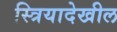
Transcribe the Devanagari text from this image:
स्त्रियादेखील